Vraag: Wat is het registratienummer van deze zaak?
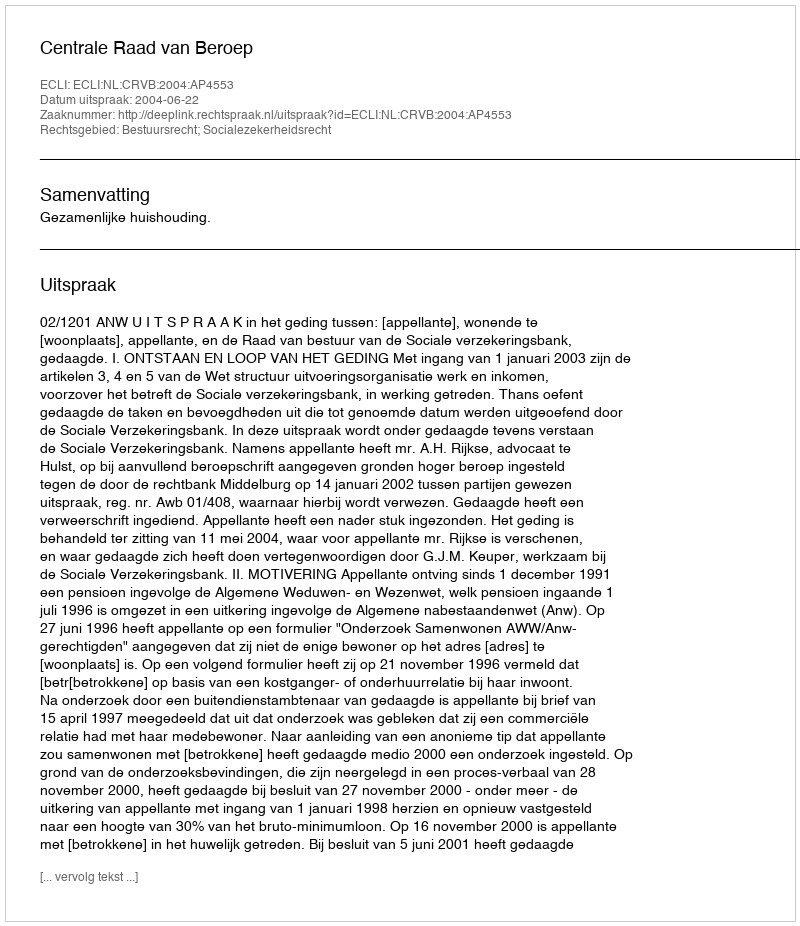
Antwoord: http://deeplink.rechtspraak.nl/uitspraak?id=ECLI:NL:CRVB:2004:AP4553